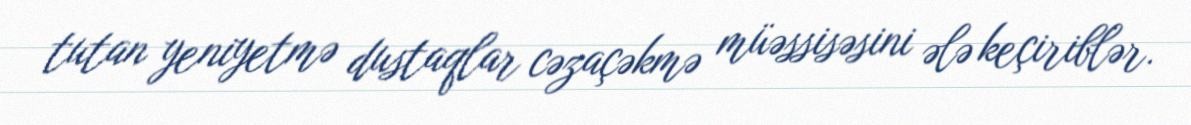
tutan yeniyetmə dustaqlar cəzaçəkmə müəssisəsini ələ keçiriblər.